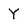
Character: Y